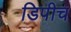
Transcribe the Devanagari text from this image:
डिपीच